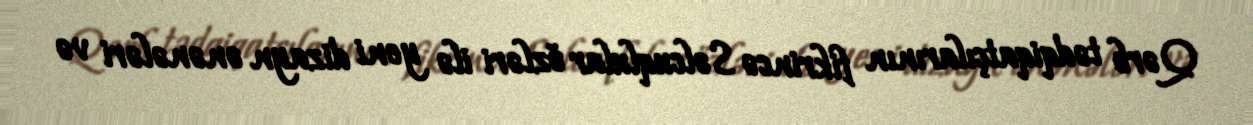
Qərb tədqiqatçılarının fikrincə Səlcuqlular özləri ilə yeni dizayn ənənələri və